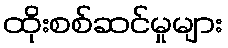
ထိုးစစ်ဆင်မှုများ